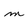
Character: m